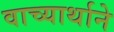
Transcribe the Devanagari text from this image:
वाच्यार्थाने